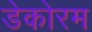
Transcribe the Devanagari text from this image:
डेकोरम